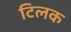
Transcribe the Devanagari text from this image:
टिलक